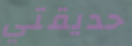
حديقتي